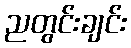
ညတွင်းချင်း